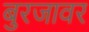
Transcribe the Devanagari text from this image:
बुरजावर